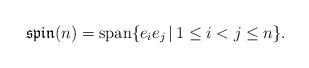
LaTeX: \begin{gather*}\mathfrak{spin}(n)=\mbox{span}\{e_ie_j\,|\,1\leq i< j \leq n\}.\end{gather*}